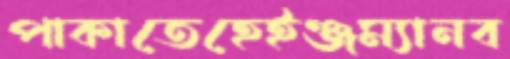
পাকাতেহেইঞ্জম্যানব